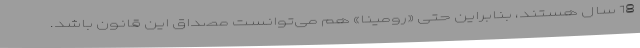
18 سال هستند، بنابراین حتی «رومینا» هم می‌توانست مصداق این قانون باشد.